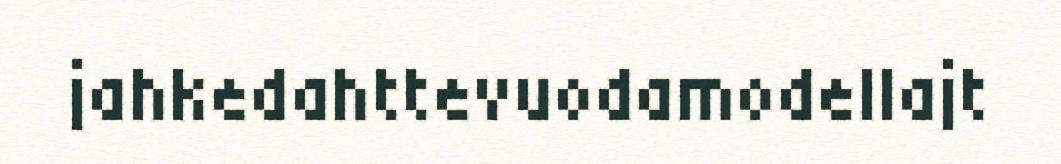
jahkedahttevuodamodellajt